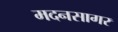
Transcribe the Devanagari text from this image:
मदनसागर